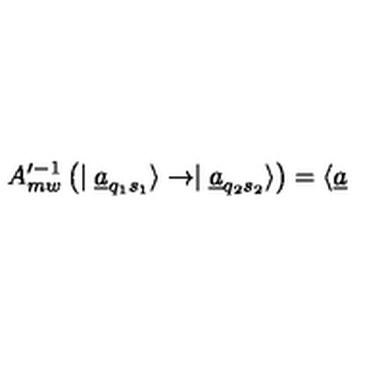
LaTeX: A _ { m w } ^ { \prime - 1 } \left( \mid \underline { { a } } _ { q _ { 1 } s _ { 1 } } \rangle \rightarrow \mid \underline { { a } } _ { q _ { 2 } s _ { 2 } } \rangle \right) = \langle \underline { { a } }